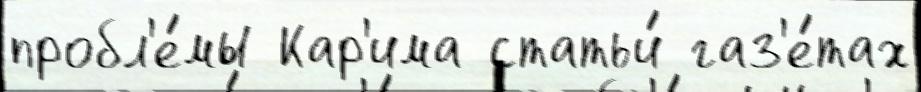
пробл'е́мы Кар'има статьи́ газ'е́тах